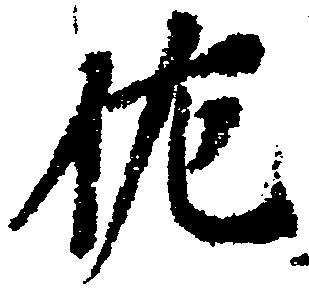
佐